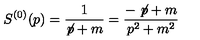
S ^ { ( 0 ) } ( p ) = \frac { 1 } { \not { \! p } + m } = \frac { - \not { \! p } + m } { p ^ { 2 } + m ^ { 2 } }